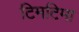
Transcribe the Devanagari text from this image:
टिमटिमा